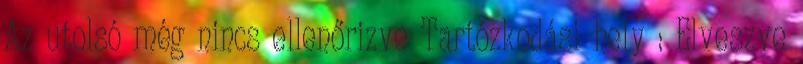
Az utolsó még nincs ellenőrizve Tartózkodási hely : Elveszve